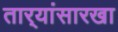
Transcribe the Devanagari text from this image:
तार्‍यांसारखा